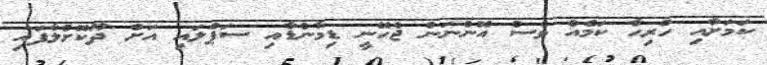
ކަމަށާއި ހުރިހާ ކަމެއް ވެސް އޮންނަން ޖެހޭނީ ޑިމާންޑާއި ސަޕްލައި އަށް ދޫކޮށްލާފައި